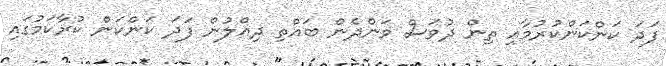
ފަދަ ކަންކަންކުރުމާއި ތިން ދުވަސް ވަންދެން ބައްތި ދިއްލުން ފަދަ ކަންކަން ކުރާކަމުގައި